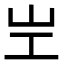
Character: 㞬